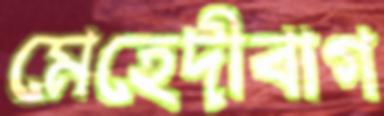
মেহেদীবাগ